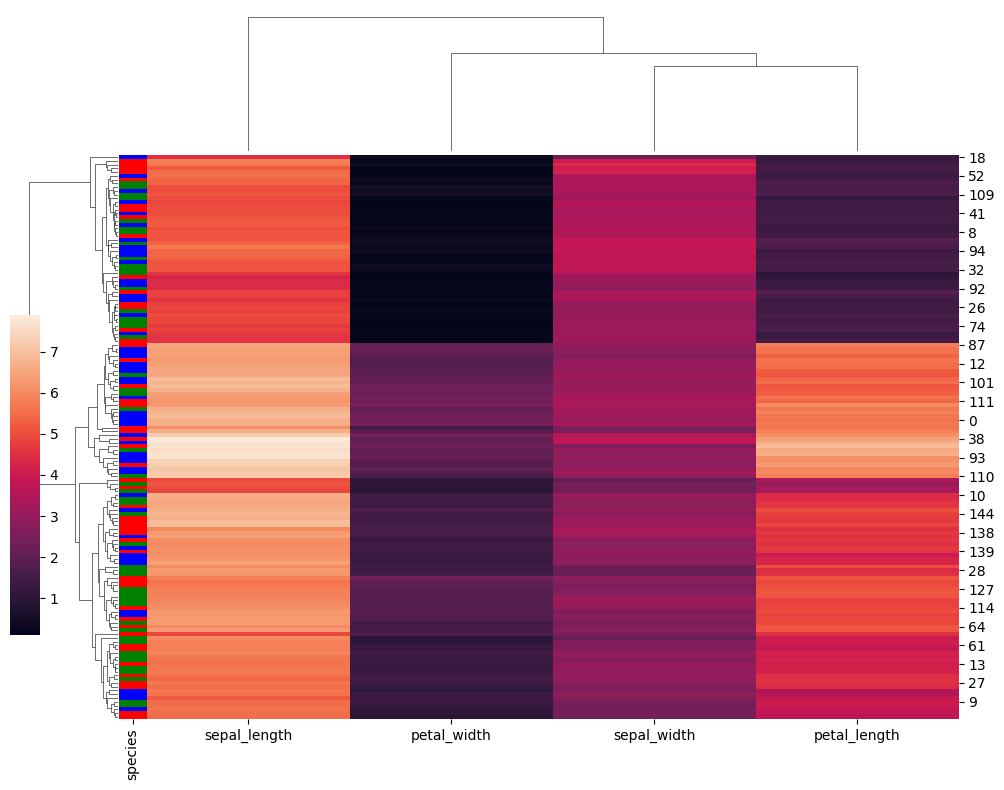
python, seaborn, clustermap, figsize=(10, 8), row_cluster=True, dendrogram_ratio=(0.1, 0.2), cbar_pos=(0, 0.2, 0.03, 0.4)